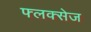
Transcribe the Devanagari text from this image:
फ्लक्‍सेज